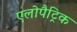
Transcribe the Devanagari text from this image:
एलोपैट्रिक